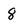
Character: 8